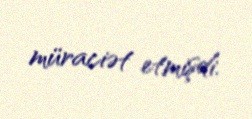
müraciət etmişdi.